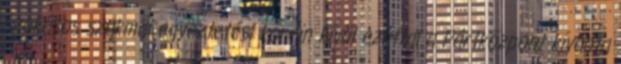
szokásos szakmai egyeztetési körein kívül ezúttal a Pártközpont kívánta